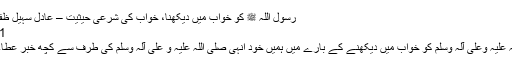
رسول اللہ ﷺ کو خواب میں دیکھنا، خواب کی شرعی حیثیت – عادل سہیل ظفر - Daleel.Pk
2,901 مرتبہ پڑھا
رسول اللہ صلی اللہ علیہ وعلی آلہ وسلم کو خواب میں دیکھنے کے بارے میں ہمیں خُود اُنہی صلی اللہ علیہ و علی آلہ وسلم کی طرف سے کچھ خبر عطاء فرمائی گئی ہے۔